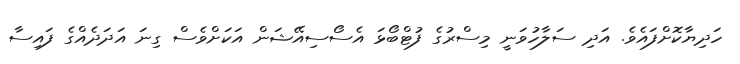
ހަދިޔާކޮށްފައެވެ. އަދި ސަލާހުވަނީ މިސްރުގެ ފުޓްބޯޅަ އެސޯސިއޭޝަން އަކަށްވެސް ގިނަ އަދަދެއްގެ ފައިސާ